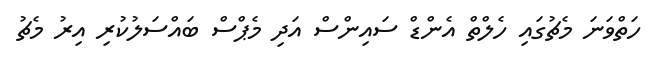
ހަތްވަނަ މެޗުގައި ހެލްތް އެންޑް ސައިންސް އަދި މެޕްސް ބައްސަލުކުރި އިރު މެޗު